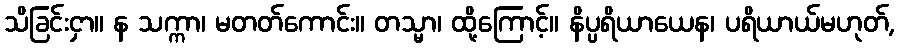
သိခြင်းငှာ။ န သက္ကာ၊ မတတ်ကောင်း။ တသ္မာ၊ ထို့ကြောင့်။ နိပ္ပရိယာယေန၊ ပရိယာယ်မဟုတ်,